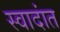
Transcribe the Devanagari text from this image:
स्वादांत